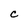
Character: C